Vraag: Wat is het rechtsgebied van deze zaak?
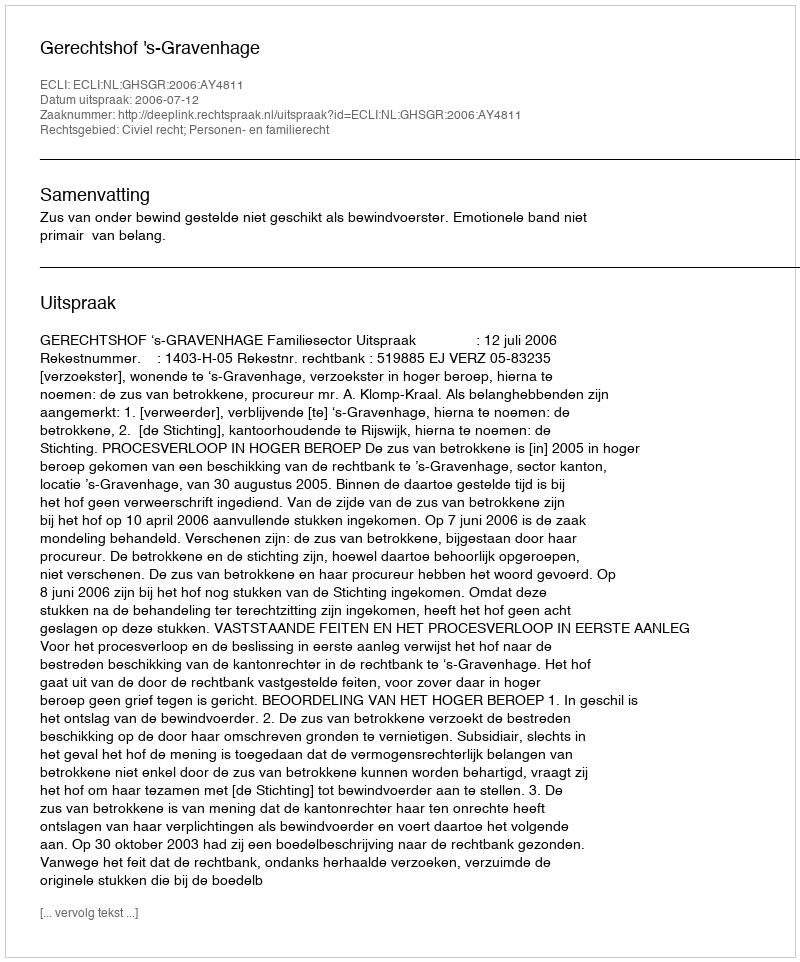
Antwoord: Civiel recht; Personen- en familierecht